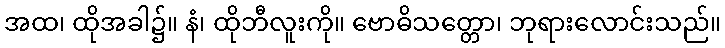
အထ၊ ထိုအခါ၌။ နံ၊ ထိုဘီလူးကို။ ဗောဓိသတ္တော၊ ဘုရားလောင်းသည်။